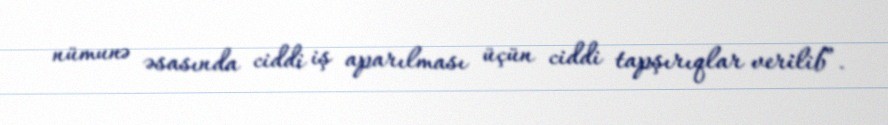
nümunə əsasında ciddi iş aparılması üçün ciddi tapşırıqlar verilib”.